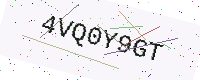
Text: 4VQ0Y9GT